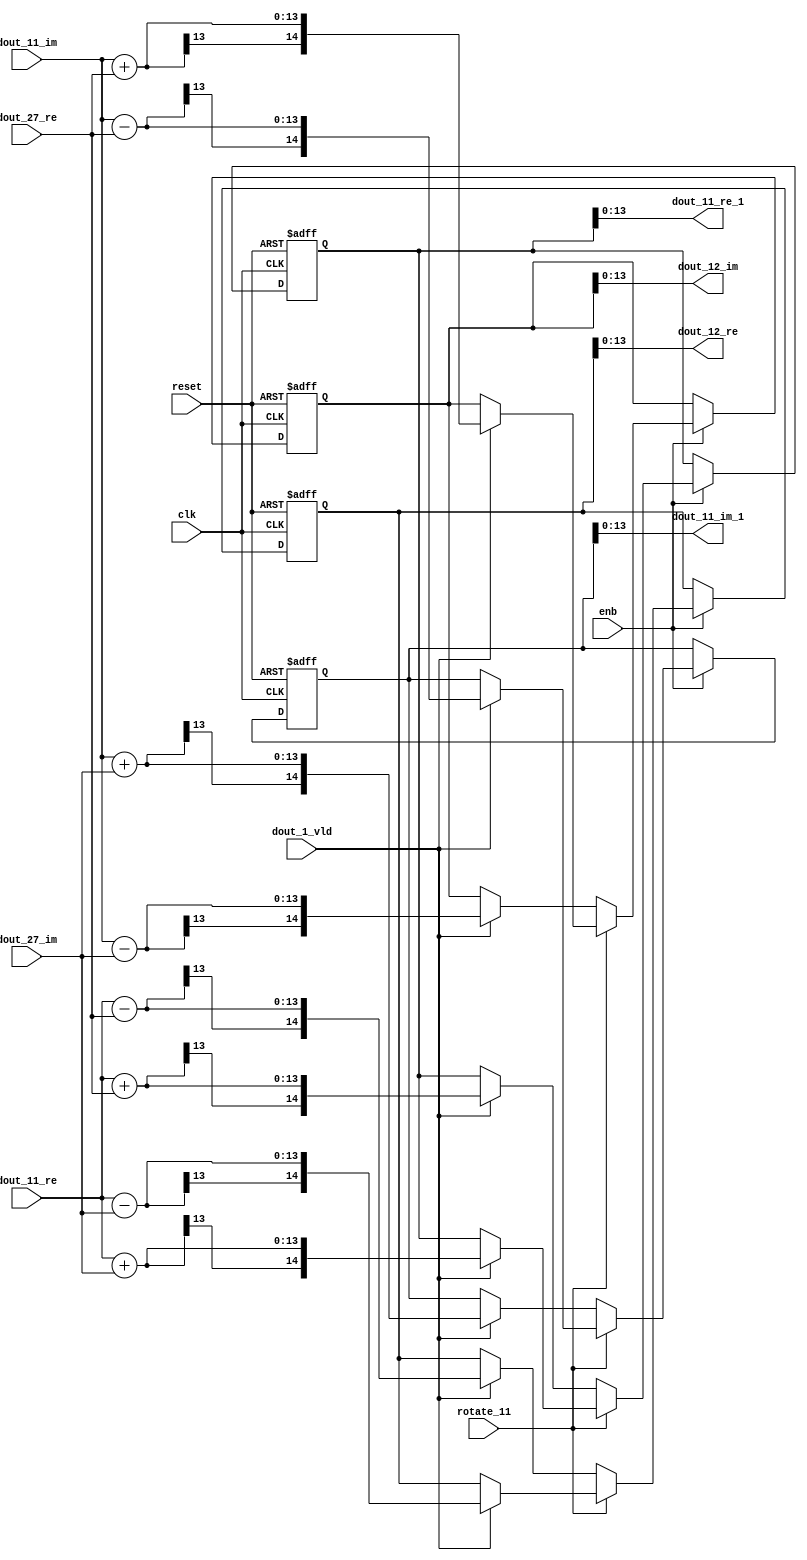
// -------------------------------------------------------------
// 
// 
// Generated by MATLAB 9.14 and HDL Coder 4.1
// 
// -------------------------------------------------------------


// -------------------------------------------------------------
// 
// Module: RADIX22FFT_SDNF2_2_block4
// Source Path: RSP/RSP/Velocity Processor/Doppler Processing/Doppler Processor/FFT/RADIX22FFT_SDNF2_2
// Hierarchy Level: 5
// 
// -------------------------------------------------------------

`timescale 1 ns / 1 ns

module RADIX22FFT_SDNF2_2_block4
          (clk,
           reset,
           enb,
           rotate_11,
           dout_11_re,
           dout_11_im,
           dout_27_re,
           dout_27_im,
           dout_1_vld,
           dout_11_re_1,
           dout_11_im_1,
           dout_12_re,
           dout_12_im);


  input   clk;
  input   reset;
  input   enb;
  input   rotate_11;  // ufix1
  input   signed [12:0] dout_11_re;  // sfix13_En10
  input   signed [12:0] dout_11_im;  // sfix13_En10
  input   signed [12:0] dout_27_re;  // sfix13_En10
  input   signed [12:0] dout_27_im;  // sfix13_En10
  input   dout_1_vld;
  output  signed [13:0] dout_11_re_1;  // sfix14_En10
  output  signed [13:0] dout_11_im_1;  // sfix14_En10
  output  signed [13:0] dout_12_re;  // sfix14_En10
  output  signed [13:0] dout_12_im;  // sfix14_En10


  wire signed [13:0] din1_re;  // sfix14_En10
  wire signed [13:0] din1_im;  // sfix14_En10
  wire signed [13:0] din2_re;  // sfix14_En10
  wire signed [13:0] din2_im;  // sfix14_En10
  reg  Radix22ButterflyG2_NF_din_vld_dly;
  reg signed [14:0] Radix22ButterflyG2_NF_btf1_re_reg;  // sfix15
  reg signed [14:0] Radix22ButterflyG2_NF_btf1_im_reg;  // sfix15
  reg signed [14:0] Radix22ButterflyG2_NF_btf2_re_reg;  // sfix15
  reg signed [14:0] Radix22ButterflyG2_NF_btf2_im_reg;  // sfix15
  reg  Radix22ButterflyG2_NF_din_vld_dly_next;
  reg signed [14:0] Radix22ButterflyG2_NF_btf1_re_reg_next;  // sfix15_En10
  reg signed [14:0] Radix22ButterflyG2_NF_btf1_im_reg_next;  // sfix15_En10
  reg signed [14:0] Radix22ButterflyG2_NF_btf2_re_reg_next;  // sfix15_En10
  reg signed [14:0] Radix22ButterflyG2_NF_btf2_im_reg_next;  // sfix15_En10
  reg signed [13:0] dout_11_re_2;  // sfix14_En10
  reg signed [13:0] dout_11_im_2;  // sfix14_En10
  reg signed [13:0] dout_12_re_1;  // sfix14_En10
  reg signed [13:0] dout_12_im_1;  // sfix14_En10
  reg  dout_2_vld;
  reg signed [14:0] Radix22ButterflyG2_NF_add_cast;  // sfix15_En10
  reg signed [14:0] Radix22ButterflyG2_NF_add_cast_0;  // sfix15_En10
  reg signed [14:0] Radix22ButterflyG2_NF_add_cast_1;  // sfix15_En10
  reg signed [14:0] Radix22ButterflyG2_NF_add_cast_2;  // sfix15_En10
  reg signed [14:0] Radix22ButterflyG2_NF_sub_cast;  // sfix15_En10
  reg signed [14:0] Radix22ButterflyG2_NF_sub_cast_0;  // sfix15_En10
  reg signed [14:0] Radix22ButterflyG2_NF_sub_cast_1;  // sfix15_En10
  reg signed [14:0] Radix22ButterflyG2_NF_sub_cast_2;  // sfix15_En10
  reg signed [14:0] Radix22ButterflyG2_NF_add_cast_3;  // sfix15_En10
  reg signed [14:0] Radix22ButterflyG2_NF_add_cast_4;  // sfix15_En10
  reg signed [14:0] Radix22ButterflyG2_NF_add_cast_5;  // sfix15_En10
  reg signed [14:0] Radix22ButterflyG2_NF_add_cast_6;  // sfix15_En10
  reg signed [14:0] Radix22ButterflyG2_NF_sub_cast_3;  // sfix15_En10
  reg signed [14:0] Radix22ButterflyG2_NF_sub_cast_4;  // sfix15_En10
  reg signed [14:0] Radix22ButterflyG2_NF_sub_cast_5;  // sfix15_En10
  reg signed [14:0] Radix22ButterflyG2_NF_sub_cast_6;  // sfix15_En10


  assign din1_re = {dout_11_re[12], dout_11_re};



  assign din1_im = {dout_11_im[12], dout_11_im};



  assign din2_re = {dout_27_re[12], dout_27_re};



  assign din2_im = {dout_27_im[12], dout_27_im};



  // Radix22ButterflyG2_NF
  always @(posedge clk or posedge reset)
    begin : Radix22ButterflyG2_NF_process
      if (reset == 1'b1) begin
        Radix22ButterflyG2_NF_din_vld_dly <= 1'b0;
        Radix22ButterflyG2_NF_btf1_re_reg <= 15'sb000000000000000;
        Radix22ButterflyG2_NF_btf1_im_reg <= 15'sb000000000000000;
        Radix22ButterflyG2_NF_btf2_re_reg <= 15'sb000000000000000;
        Radix22ButterflyG2_NF_btf2_im_reg <= 15'sb000000000000000;
      end
      else begin
        if (enb) begin
          Radix22ButterflyG2_NF_din_vld_dly <= Radix22ButterflyG2_NF_din_vld_dly_next;
          Radix22ButterflyG2_NF_btf1_re_reg <= Radix22ButterflyG2_NF_btf1_re_reg_next;
          Radix22ButterflyG2_NF_btf1_im_reg <= Radix22ButterflyG2_NF_btf1_im_reg_next;
          Radix22ButterflyG2_NF_btf2_re_reg <= Radix22ButterflyG2_NF_btf2_re_reg_next;
          Radix22ButterflyG2_NF_btf2_im_reg <= Radix22ButterflyG2_NF_btf2_im_reg_next;
        end
      end
    end

  always @(Radix22ButterflyG2_NF_btf1_im_reg, Radix22ButterflyG2_NF_btf1_re_reg,
       Radix22ButterflyG2_NF_btf2_im_reg, Radix22ButterflyG2_NF_btf2_re_reg,
       Radix22ButterflyG2_NF_din_vld_dly, din1_im, din1_re, din2_im, din2_re,
       dout_1_vld, rotate_11) begin
    Radix22ButterflyG2_NF_add_cast_1 = 15'sb000000000000000;
    Radix22ButterflyG2_NF_add_cast_2 = 15'sb000000000000000;
    Radix22ButterflyG2_NF_sub_cast_1 = 15'sb000000000000000;
    Radix22ButterflyG2_NF_sub_cast_2 = 15'sb000000000000000;
    Radix22ButterflyG2_NF_add_cast_5 = 15'sb000000000000000;
    Radix22ButterflyG2_NF_add_cast_6 = 15'sb000000000000000;
    Radix22ButterflyG2_NF_sub_cast_5 = 15'sb000000000000000;
    Radix22ButterflyG2_NF_sub_cast_6 = 15'sb000000000000000;
    Radix22ButterflyG2_NF_add_cast = 15'sb000000000000000;
    Radix22ButterflyG2_NF_add_cast_0 = 15'sb000000000000000;
    Radix22ButterflyG2_NF_sub_cast = 15'sb000000000000000;
    Radix22ButterflyG2_NF_sub_cast_0 = 15'sb000000000000000;
    Radix22ButterflyG2_NF_add_cast_3 = 15'sb000000000000000;
    Radix22ButterflyG2_NF_add_cast_4 = 15'sb000000000000000;
    Radix22ButterflyG2_NF_sub_cast_3 = 15'sb000000000000000;
    Radix22ButterflyG2_NF_sub_cast_4 = 15'sb000000000000000;
    Radix22ButterflyG2_NF_btf1_re_reg_next = Radix22ButterflyG2_NF_btf1_re_reg;
    Radix22ButterflyG2_NF_btf1_im_reg_next = Radix22ButterflyG2_NF_btf1_im_reg;
    Radix22ButterflyG2_NF_btf2_re_reg_next = Radix22ButterflyG2_NF_btf2_re_reg;
    Radix22ButterflyG2_NF_btf2_im_reg_next = Radix22ButterflyG2_NF_btf2_im_reg;
    Radix22ButterflyG2_NF_din_vld_dly_next = dout_1_vld;
    if (rotate_11 != 1'b0) begin
      if (dout_1_vld) begin
        Radix22ButterflyG2_NF_add_cast_1 = {din1_re[13], din1_re};
        Radix22ButterflyG2_NF_add_cast_2 = {din2_im[13], din2_im};
        Radix22ButterflyG2_NF_btf1_re_reg_next = Radix22ButterflyG2_NF_add_cast_1 + Radix22ButterflyG2_NF_add_cast_2;
        Radix22ButterflyG2_NF_sub_cast_1 = {din1_re[13], din1_re};
        Radix22ButterflyG2_NF_sub_cast_2 = {din2_im[13], din2_im};
        Radix22ButterflyG2_NF_btf2_re_reg_next = Radix22ButterflyG2_NF_sub_cast_1 - Radix22ButterflyG2_NF_sub_cast_2;
        Radix22ButterflyG2_NF_add_cast_5 = {din1_im[13], din1_im};
        Radix22ButterflyG2_NF_add_cast_6 = {din2_re[13], din2_re};
        Radix22ButterflyG2_NF_btf2_im_reg_next = Radix22ButterflyG2_NF_add_cast_5 + Radix22ButterflyG2_NF_add_cast_6;
        Radix22ButterflyG2_NF_sub_cast_5 = {din1_im[13], din1_im};
        Radix22ButterflyG2_NF_sub_cast_6 = {din2_re[13], din2_re};
        Radix22ButterflyG2_NF_btf1_im_reg_next = Radix22ButterflyG2_NF_sub_cast_5 - Radix22ButterflyG2_NF_sub_cast_6;
      end
    end
    else if (dout_1_vld) begin
      Radix22ButterflyG2_NF_add_cast = {din1_re[13], din1_re};
      Radix22ButterflyG2_NF_add_cast_0 = {din2_re[13], din2_re};
      Radix22ButterflyG2_NF_btf1_re_reg_next = Radix22ButterflyG2_NF_add_cast + Radix22ButterflyG2_NF_add_cast_0;
      Radix22ButterflyG2_NF_sub_cast = {din1_re[13], din1_re};
      Radix22ButterflyG2_NF_sub_cast_0 = {din2_re[13], din2_re};
      Radix22ButterflyG2_NF_btf2_re_reg_next = Radix22ButterflyG2_NF_sub_cast - Radix22ButterflyG2_NF_sub_cast_0;
      Radix22ButterflyG2_NF_add_cast_3 = {din1_im[13], din1_im};
      Radix22ButterflyG2_NF_add_cast_4 = {din2_im[13], din2_im};
      Radix22ButterflyG2_NF_btf1_im_reg_next = Radix22ButterflyG2_NF_add_cast_3 + Radix22ButterflyG2_NF_add_cast_4;
      Radix22ButterflyG2_NF_sub_cast_3 = {din1_im[13], din1_im};
      Radix22ButterflyG2_NF_sub_cast_4 = {din2_im[13], din2_im};
      Radix22ButterflyG2_NF_btf2_im_reg_next = Radix22ButterflyG2_NF_sub_cast_3 - Radix22ButterflyG2_NF_sub_cast_4;
    end
    dout_11_re_2 = Radix22ButterflyG2_NF_btf1_re_reg[13:0];
    dout_11_im_2 = Radix22ButterflyG2_NF_btf1_im_reg[13:0];
    dout_12_re_1 = Radix22ButterflyG2_NF_btf2_re_reg[13:0];
    dout_12_im_1 = Radix22ButterflyG2_NF_btf2_im_reg[13:0];
    dout_2_vld = Radix22ButterflyG2_NF_din_vld_dly;
  end



  assign dout_11_re_1 = dout_11_re_2;

  assign dout_11_im_1 = dout_11_im_2;

  assign dout_12_re = dout_12_re_1;

  assign dout_12_im = dout_12_im_1;

endmodule  // RADIX22FFT_SDNF2_2_block4